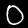
Label: 0